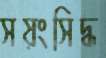
সয়ংসিদ্ধ